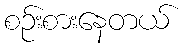
စဉ်းစားနေတယ်